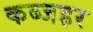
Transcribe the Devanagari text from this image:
कब्जहर